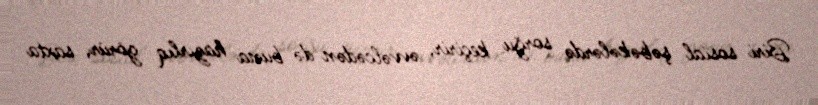
Biri sosial şəbəkələrdə sorğu keçirir, əvvəlcədən də buna hazırlıq görür, saxta